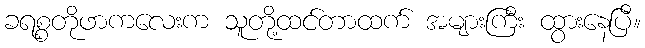
ခရစ္စတိုဖာကလေးက သူတို့ထင်တာထက် အများကြီး ထွားနေပြီ။